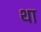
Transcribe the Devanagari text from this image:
था